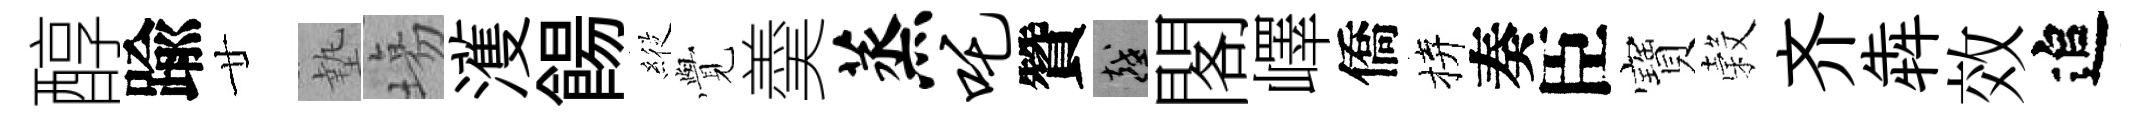
醇踰廿墊塲濩餳𦂵𮗜羮蒸吒贊越閣嶧僑拚奏臣寶穀齐犇效追